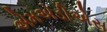
એમએડીએસ